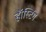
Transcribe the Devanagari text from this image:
हॉस्टिंग